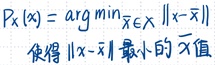
$P_X(x)=\arg\min_{\widetilde{x}\in X}\|x - \widetilde{x}\|$，使得 $\|x - \widetilde{x}\|$ 最小的 $\widetilde{x}$ 值